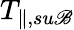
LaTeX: T_{\parallel,su\mathscr{B}}